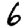
Digit: 6